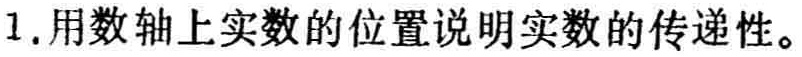
1. 用数轴上实数的位置说明实数的传递性。